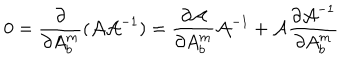
0 = \frac { \partial } { \partial A _ { b } ^ { m } } ( { \cal A } { \cal A } ^ { - 1 } ) = \frac { \partial { \cal A } } { \partial A _ { b } ^ { m } } { \cal A } ^ { - 1 } + { \cal A } \frac { \partial { \cal A } ^ { - 1 } } { \partial A _ { b } ^ { m } }